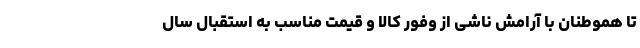
تا هموطنان با آرامش ناشی از وفور کالا و قیمت مناسب به استقبال سال